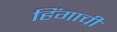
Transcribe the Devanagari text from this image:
हिंगाची